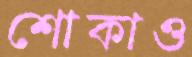
শোকাও